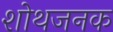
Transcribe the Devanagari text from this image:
शोथजनक